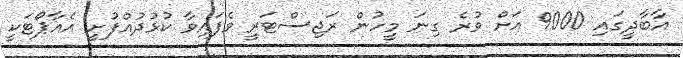
އާބާދީގައި 9000 އަށް ވުރެ ގިނަ މީހުން ރަޖިސްޓަރީ ވެފައިވާ ކުޅުދުއްފުށީ އެއާޕޯޓަކީ